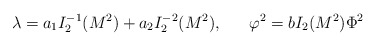
\begin{align*}\lambda=a_1I^{-1}_2(M^2)+a_2I^{-2}_2(M^2), \ \ \ \ \ \varphi^2=bI_2(M^2)\Phi^2\end{align*}